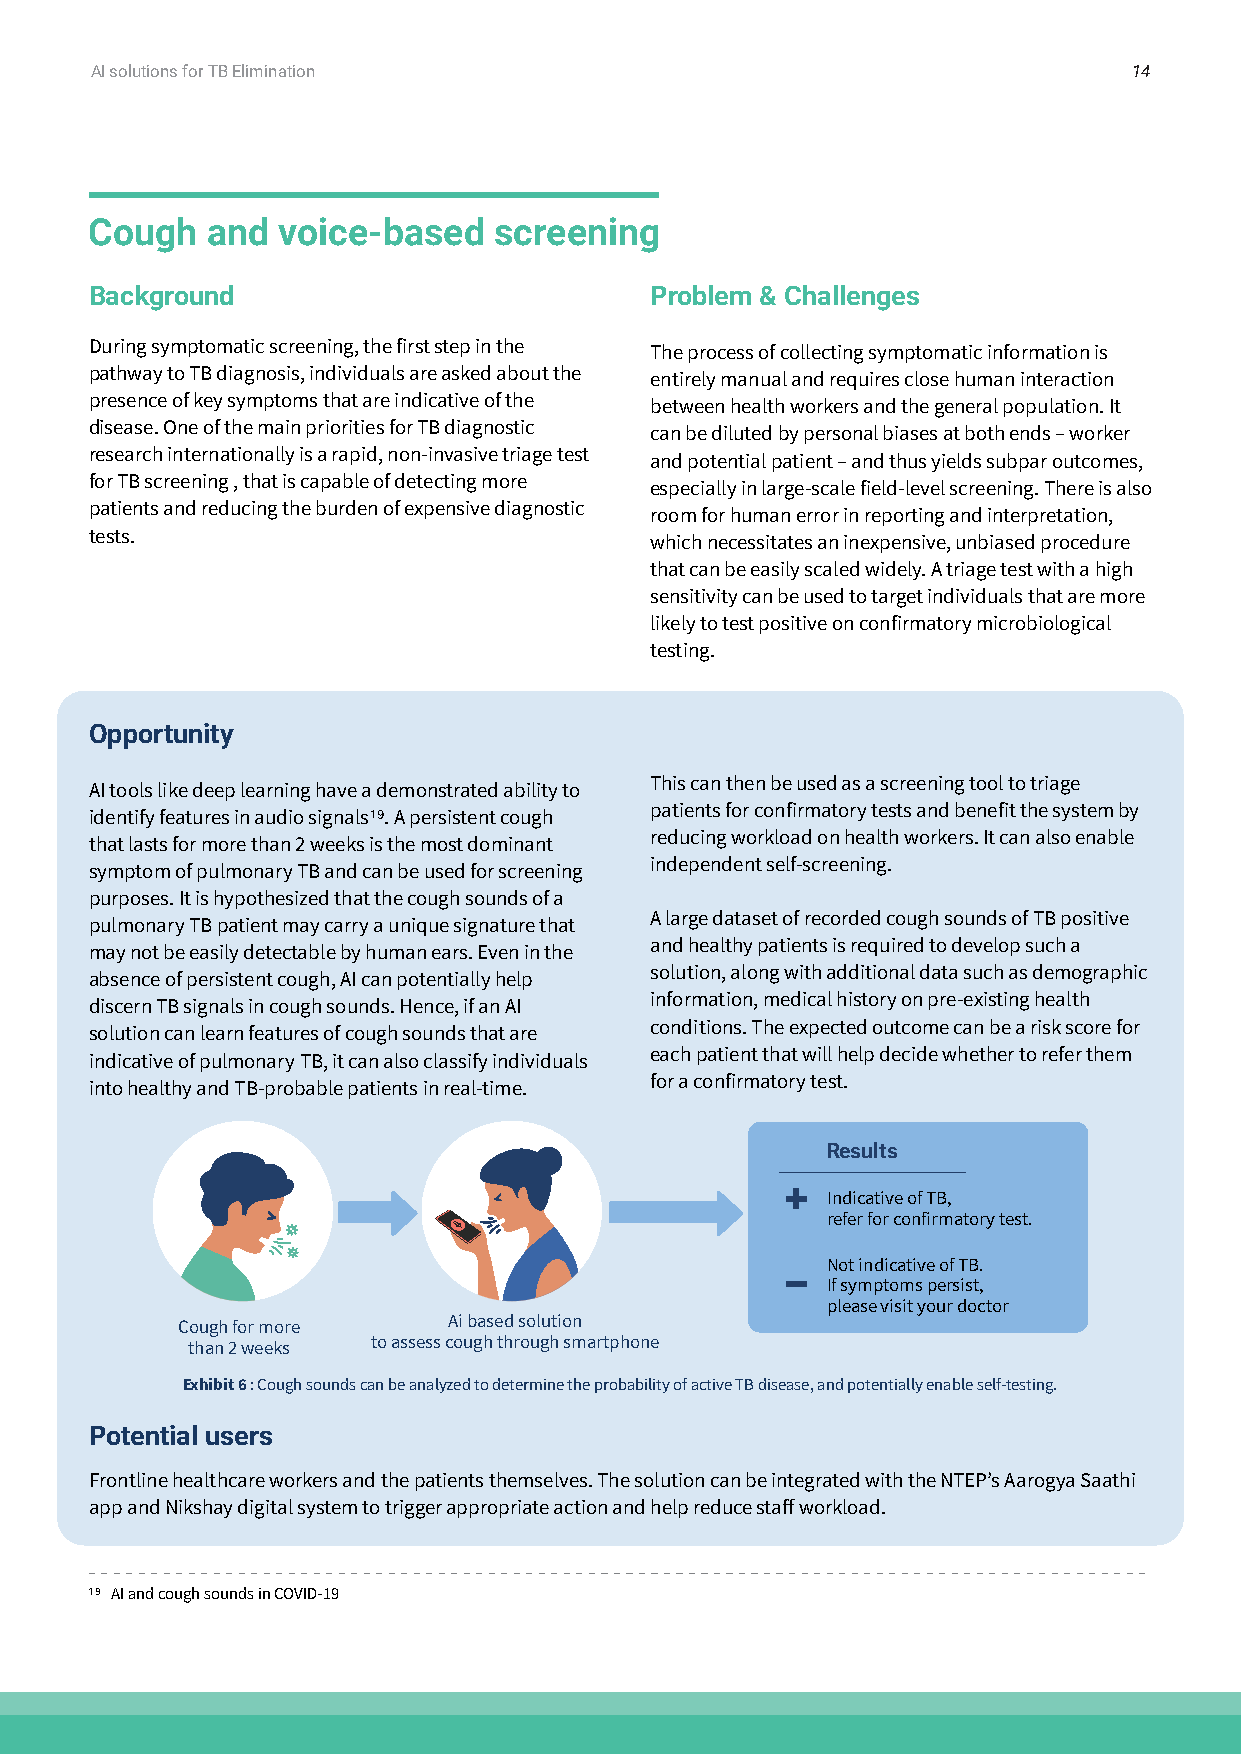
AI solutions for TB Elimination                                      14
 Cough   and voice-based    screening
 Background                           Problem & Challenges
 During symptomatic screening, the first step in the The process of collecting symptomatic information is
 pathway to TB diagnosis, individuals are asked about the entirely manual and requires close human interaction
 presence of key symptoms that are indicative of the between health workers and the general population. It
 disease. One of the main priorities for TB diagnostic can be diluted by personal biases at both ends – worker
 research internationally is a rapid, non-invasive triage test and potential patient – and thus yields subpar outcomes,
 for TB screening , that is capable of detecting more especially in large-scale field-level screening. There is also
 patients and reducing the burden of expensive diagnostic room for human error in reporting and interpretation,
 tests.                               which necessitates an inexpensive, unbiased procedure
 that can be easily scaled widely. A triage test with a high
 sensitivity can be used to target individuals that are more
 likely to test positive on confirmatory microbiological
 testing.
 Opportunity
 This can then be used as a screening tool to triage
 AI tools like deep learning have a demonstrated ability to
 patients for confirmatory tests and benefit the system by
 identify features in audio signals19. A persistent cough
 reducing workload on health workers. It can also enable
 that lasts for more than 2 weeks is the most dominant
 independent self-screening.
 symptom of pulmonary TB and can be used for screening
 purposes. It is hypothesized that the cough sounds of a
 A large dataset of recorded cough sounds of TB positive
 pulmonary TB patient may carry a unique signature that
 and healthy patients is required to develop such a
 may not be easily detectable by human ears. Even in the
 solution, along with additional data such as demographic
 absence of persistent cough, AI can potentially help
 information, medical history on pre-existing health
 discern TB signals in cough sounds. Hence, if an AI
 conditions. The expected outcome can be a risk score for
 solution can learn features of cough sounds that are
 each patient that will help decide whether to refer them
 indicative of pulmonary TB, it can also classify individuals
 for a confirmatory test.
 into healthy and TB-probable patients in real-time.
 Results
 Indicative of TB,
 refer for confirmatory test.
 Not indicative of TB.
 If symptoms persist,
 please visit your doctor
 Cough for more    Ai based solution
 than 2 weeks to assess cough through smartphone
 Exhibit 6 : Cough sounds can be analyzed to determine the probability of active TB disease, and potentially enable self-testing.
 Potential users
 Frontline healthcare workers and the patients themselves. The solution can be integrated with the NTEP’s Aarogya Saathi
 app and Nikshay digital system to trigger appropriate action and help reduce staff workload.
 19 AI and cough sounds in COVID-19